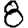
Digit: 8